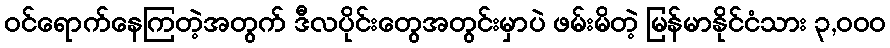
ဝင်ရောက်နေကြတဲ့အတွက် ဒီလပိုင်းတွေအတွင်းမှာပဲ ဖမ်းမိတဲ့ မြန်မာနိုင်ငံသား ၃,၀၀၀